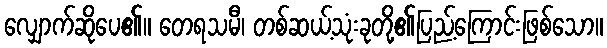
လျှောက်ဆိုပေ၏။ တေရသမီ၊ တစ်ဆယ့်သုံးခုတို့၏ပြည့်ကြောင်းဖြစ်သော။